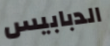
الدبابيس